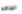
الطاقم